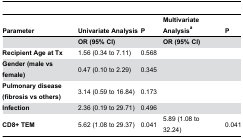
| Parameter | Univariate Analysis | P | Multivariate Analysisa | P |
 | --- | --- | --- | --- | --- |
 |  | OR (95% CI) |  | OR (95% CI) |  |
 | Recipient Age at Tx | 1.56 (0.34 to 7.11) | 0.568 |  |  |
 | Gender (male vs female) | 0.47 (0.10 to 2.29) | 0.345 |  |  |
 | Pulmonary disease (fibrosis vs others) | 3.14 (0.59 to 16.84) | 0.173 |  |  |
 | Infection | 2.36 (0.19 to 29.71) | 0.496 |  |  |
 | CD8+ TEM | 5.62 (1.08 to 29.37) | 0.041 | 5.89 (1.08 to 32.24) | 0.041 |